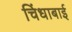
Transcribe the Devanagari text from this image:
चिंधाबाई